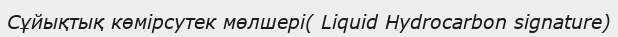
Сұйықтық көмірсутек мөлшері( Liquid Hydrocarbon signature)